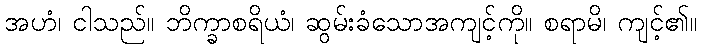
အဟံ၊ ငါသည်။ ဘိက္ခာစရိယံ၊ ဆွမ်းခံသောအကျင့်ကို။ စရာမိ၊ ကျင့်၏။